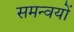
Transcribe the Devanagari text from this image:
समन्वयों